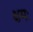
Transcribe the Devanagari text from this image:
क्षमः